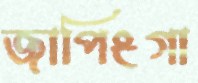
জাপিংগা